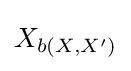
X_{b\left(X,X'\right)}